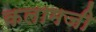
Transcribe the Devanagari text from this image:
कलामजी